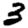
Digit: 3